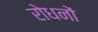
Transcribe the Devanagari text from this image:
रोधनों